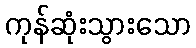
ကုန်ဆုံးသွားသော